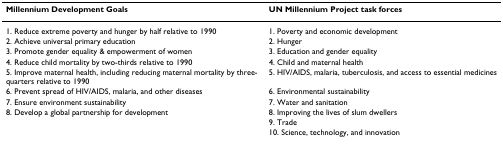
<table><thead><tr><td><b>Millennium Development Goals</b></td><td><b>UN Millennium Project task forces</b></td></tr></thead><tbody><tr><td>1. Reduce extreme poverty and hunger by half relative to 1990</td><td>1. Poverty and economic development</td></tr><tr><td>2. Achieve universal primary education</td><td>2. Hunger</td></tr><tr><td>3. Promote gender equality &amp; empowerment of women</td><td>3. Education and gender equality</td></tr><tr><td>4. Reduce child mortality by two-thirds relative to 1990</td><td>4. Child and maternal health</td></tr><tr><td>5. Improve maternal health, including reducing maternal mortality by three-quarters relative to 1990</td><td>5. HIV/AIDS, malaria, tuberculosis, and access to essential medicines</td></tr><tr><td>6. Prevent spread of HIV/AIDS, malaria, and other diseases</td><td>6. Environmental sustainability</td></tr><tr><td>7. Ensure environment sustainability</td><td>7. Water and sanitation</td></tr><tr><td>8. Develop a global partnership for development</td><td>8. Improving the lives of slum dwellers</td></tr><tr><td></td><td>9. Trade</td></tr><tr><td></td><td>10. Science, technology, and innovation</td></tr></tbody></table>